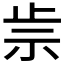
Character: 𥘣